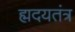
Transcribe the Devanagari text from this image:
ह्मदयतंत्र